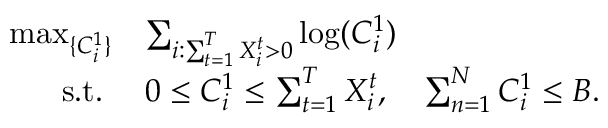
\begin{array} { r l } { \operatorname* { m a x } _ { \{ C _ { i } ^ { 1 } \} } } & { \sum _ { i : \sum _ { t = 1 } ^ { T } X _ { i } ^ { t } > 0 } \log ( C _ { i } ^ { 1 } ) } \\ { \mathrm { s . t . ~ } } & { 0 \leq C _ { i } ^ { 1 } \leq \sum _ { t = 1 } ^ { T } X _ { i } ^ { t } , \quad \sum _ { n = 1 } ^ { N } C _ { i } ^ { 1 } \leq B . } \end{array}